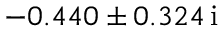
- 0 . 4 4 0 \pm 0 . 3 2 4 \, \mathrm { i }